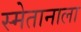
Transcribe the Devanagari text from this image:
स्मेतानाला